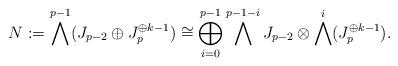
LaTeX: \begin{align*}N:=\bigwedge^{p-1}(J_{p-2}\oplus J_p^{\oplus k-1})\cong \bigoplus^{p-1}_{i=0} \bigwedge^{p-1-i} J_{p-2}\otimes \bigwedge^{i}(J_p^{\oplus k-1}).\end{align*}